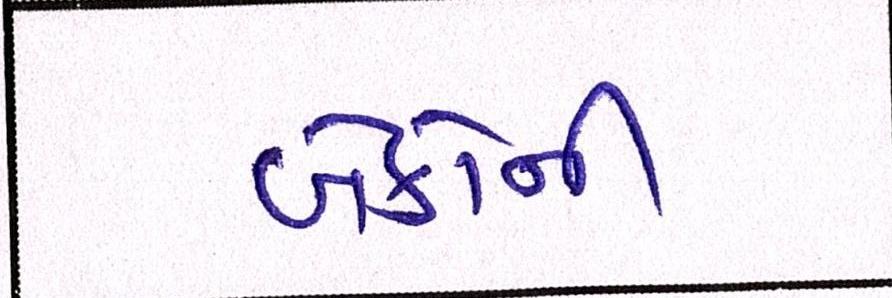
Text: બેંકોની